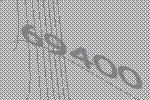
69400